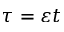
\tau = \varepsilon t